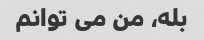
بله، من می توانم